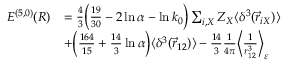
\begin{array} { r l } { { \cal { E } } ^ { ( 5 , 0 ) } ( R ) } & { = \frac { 4 } { 3 } \Big ( \frac { 1 9 } { 3 0 } - 2 \ln \alpha - \ln k _ { 0 } \Big ) \sum _ { i , X } Z _ { X } \langle \delta ^ { 3 } ( \vec { r } _ { i X } ) \rangle } \\ & { + \Big ( \frac { 1 6 4 } { 1 5 } + \frac { 1 4 } { 3 } \ln \alpha \Big ) \langle \delta ^ { 3 } ( \vec { r } _ { 1 2 } ) \rangle - \frac { 1 4 } { 3 } \frac { 1 } { 4 \pi } \Big \langle \frac { 1 } { r _ { 1 2 } ^ { 3 } } \Big \rangle _ { \varepsilon } } \end{array}